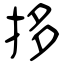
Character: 拸